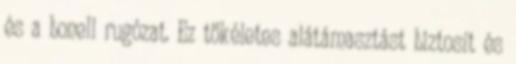
és a bonell rugózat. Ez tökéletes alátámasztást biztosít és